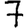
Digit: 7